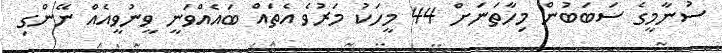
ސުނާމީގެ ސަބަބުން މިހާތަނަށް 44 މީހަކު މަރުވެ އެތައް ބައެއްވަނީ ވީނުވީއެއް ނޭންގި